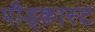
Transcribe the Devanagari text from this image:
पौड्कास्ट